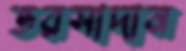
ভরসাদান